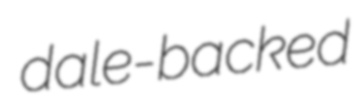
dale-backed